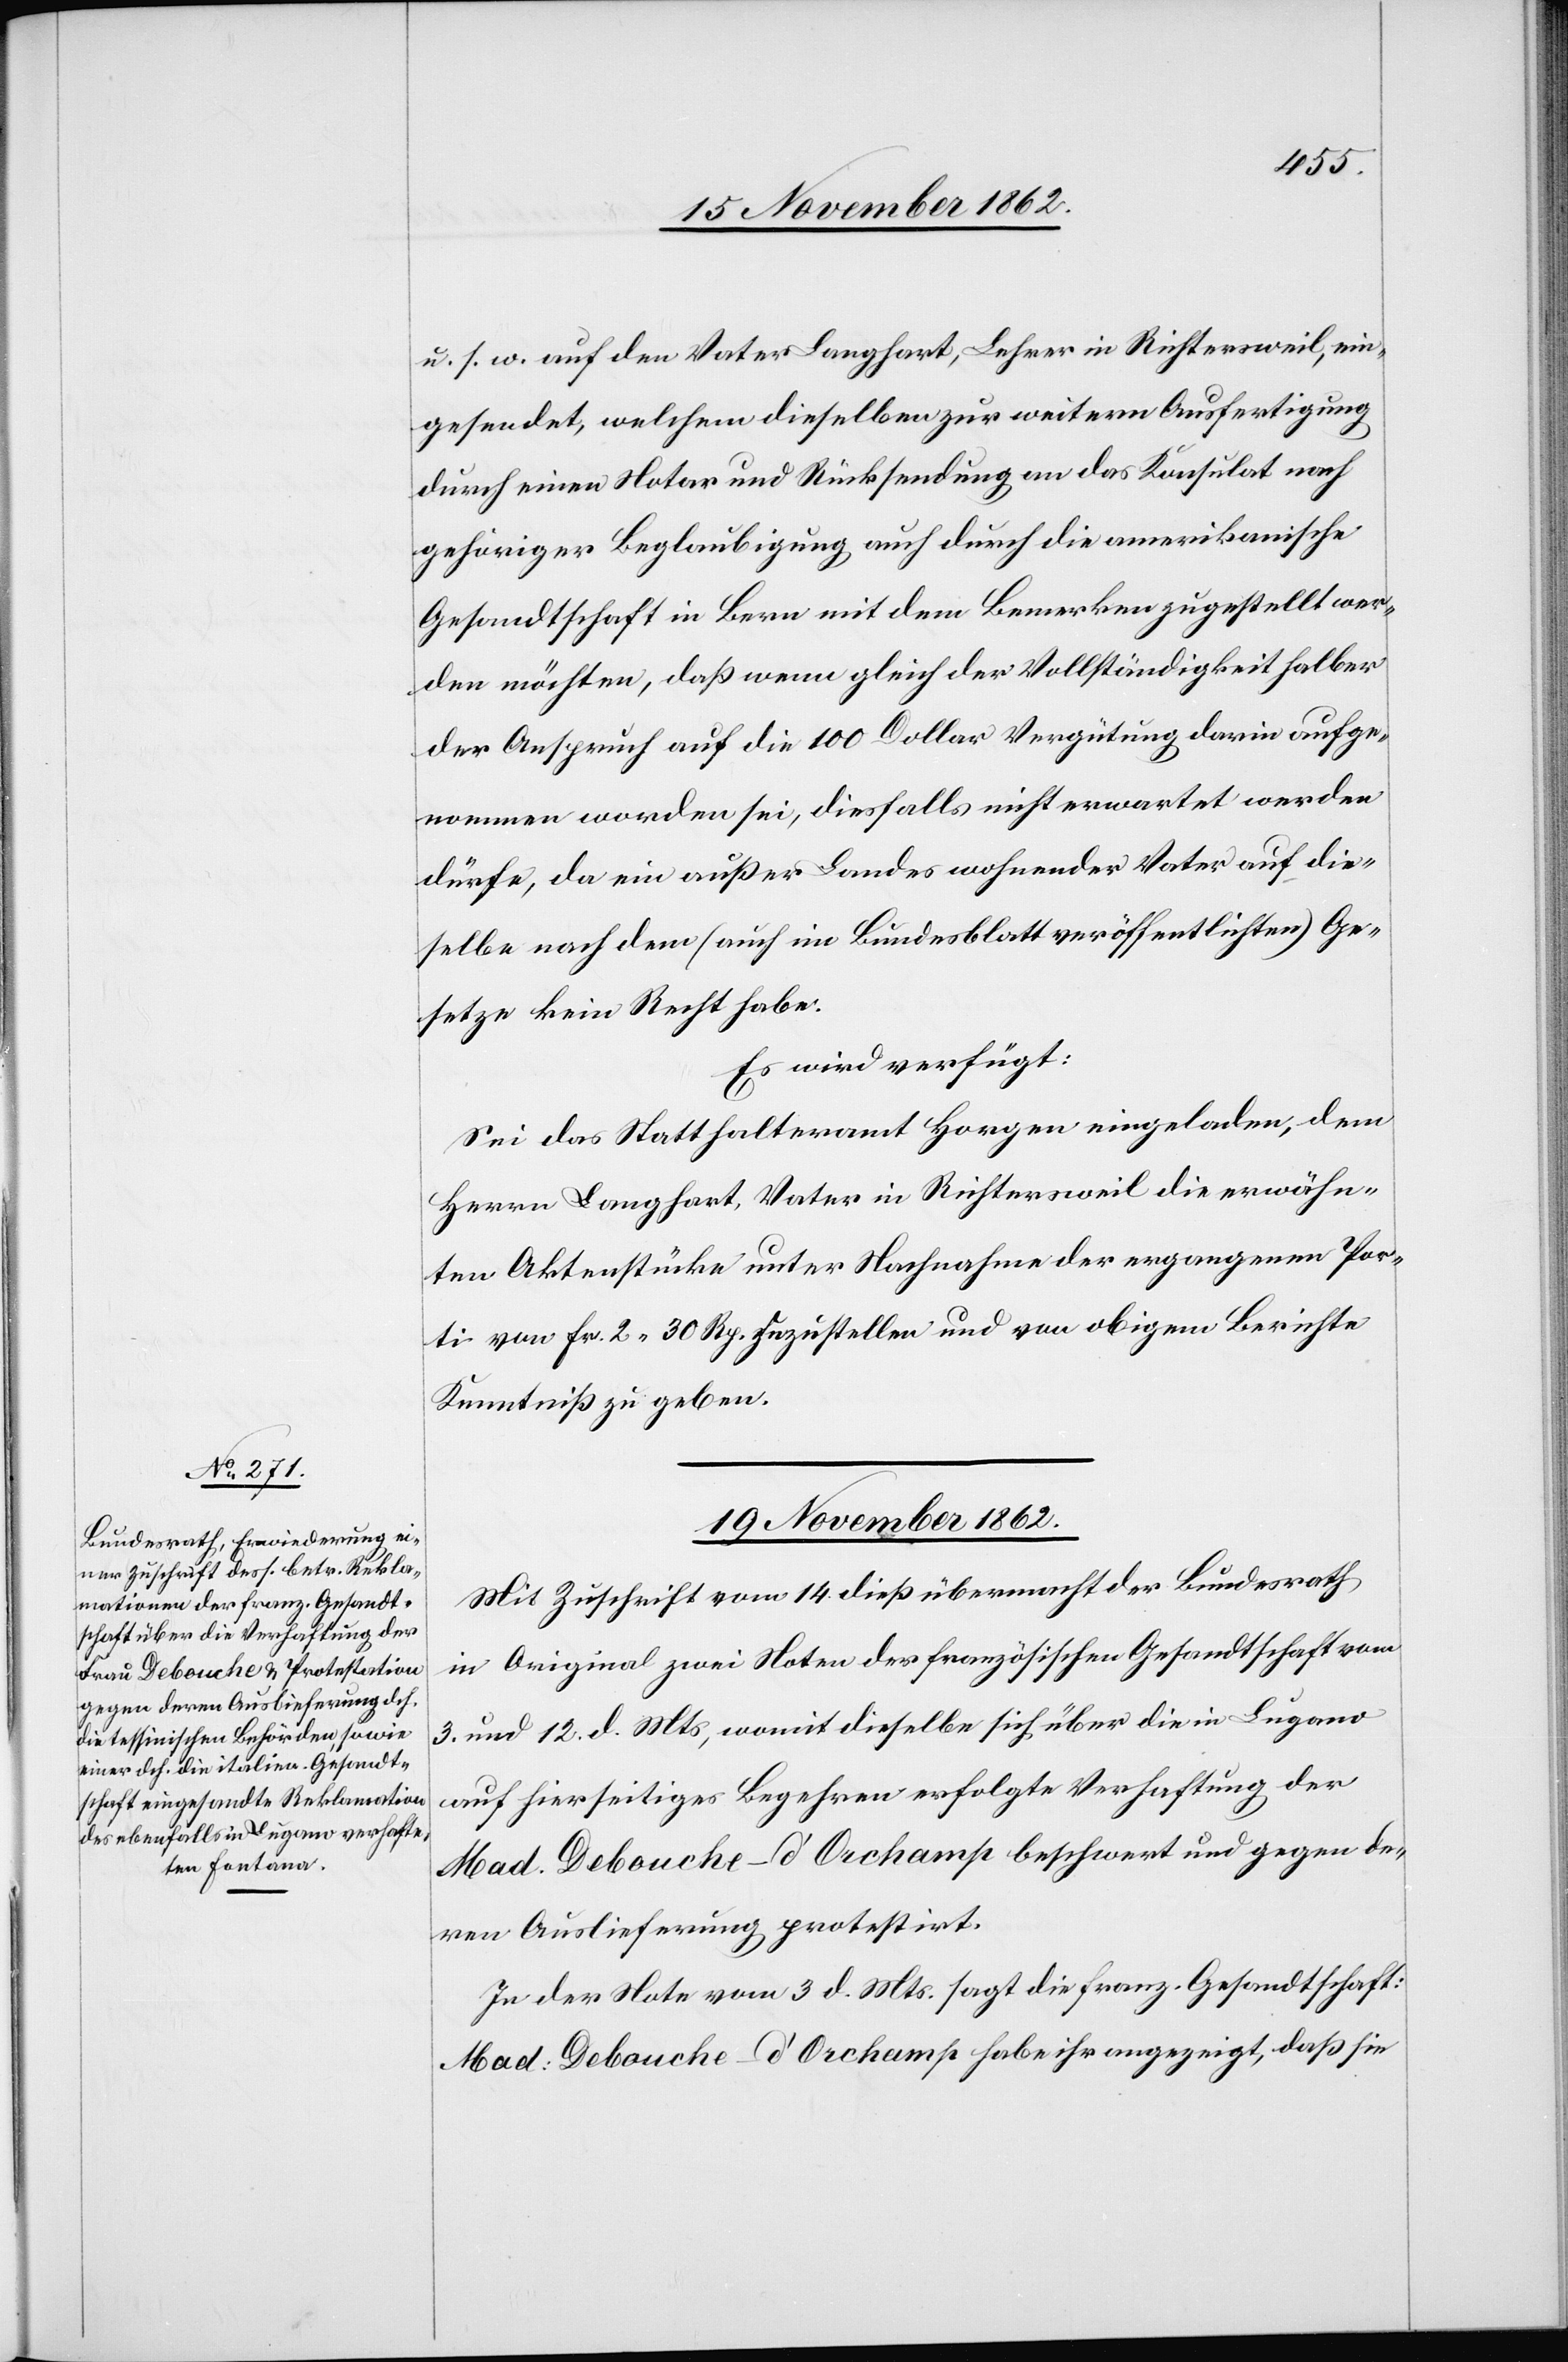
u. s. w. auf den Vater Langhart, Lehrer in Richtersweil, ein¬
gesendet, welchem dieselben zur weitern Ausfertigung
durch einen Notar und Rücksendung an das Konsulat nach
gehöriger Beglaubigung auch durch die amerikanische
Gesandtschaft in Bern mit dem Bemerken zugestellt wer¬
den möchten, daß wenn gleich der Vollständigkeit halber
der Anspruch auf die 100 Dollar Vergütung darin aufge¬
nommen worden sei, diesfalls nicht erwartet werden
dürfe, da ein außer Landes wohnender Vater auf die¬
selbe nach dem (auch im Bundesblatt veröffentlichten) Ge¬
setze kein Recht habe.
Es wird verfügt:
Sei das Statthalteramt Horgen eingeladen, dem
Herrn Langhart, Vater in Richtersweil die erwähn¬
ten Aktenstücke unter Nachnahme der ergangenen Por¬
ti von Fr. 2 30 Rp. zuzustellen und von obigem Berichte
Kenntniß zu geben.
19. November 1862.
Mit Zuschrift vom 14. dieß übermacht der Bundesrath
in Original zwei Noten der französischen Gesandtschaft vom
3. und 12. d. Mts., womit dieselbe sich über die in Lugano
auf hierseitiges Begehren erfolgte Verhaftung der
Mad. Debouche-d’Orchamp beschwert und gegen de¬
ren Auslieferung protestirt.
In der Note vom 3. d. Mts. sagt die franz. Gesandtschaft:
Mad: Debouche-d’Orchamp habe ihr angezeigt, daß sie